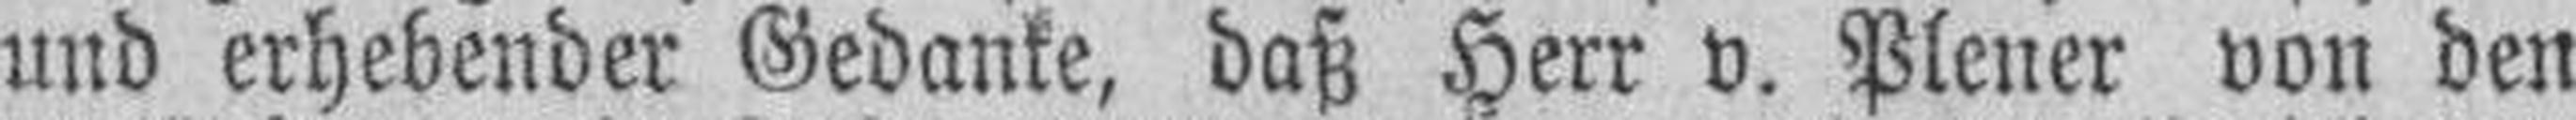
und erhebender Gedanke, daß Herr v. Plener von den